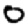
Digit: 0